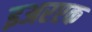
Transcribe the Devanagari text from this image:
इअरएक